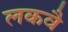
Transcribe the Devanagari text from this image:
लकवै